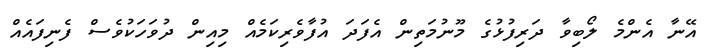
އޭނާ އެންމެ ލޯބިވާ ދަރިފުޅުގެ މޫނުމަތިން އެފަދަ އުފާވެރިކަމެއް މިއިން ދުވަހަކުވެސް ފެނިފައެއް